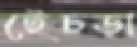
হেঁচড়া